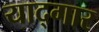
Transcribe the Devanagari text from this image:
याद्गार